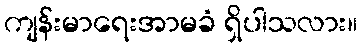
ကျန်းမာရေးအာမခံ ရှိပါသလား။